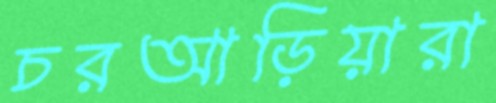
চরআড়িয়ারা